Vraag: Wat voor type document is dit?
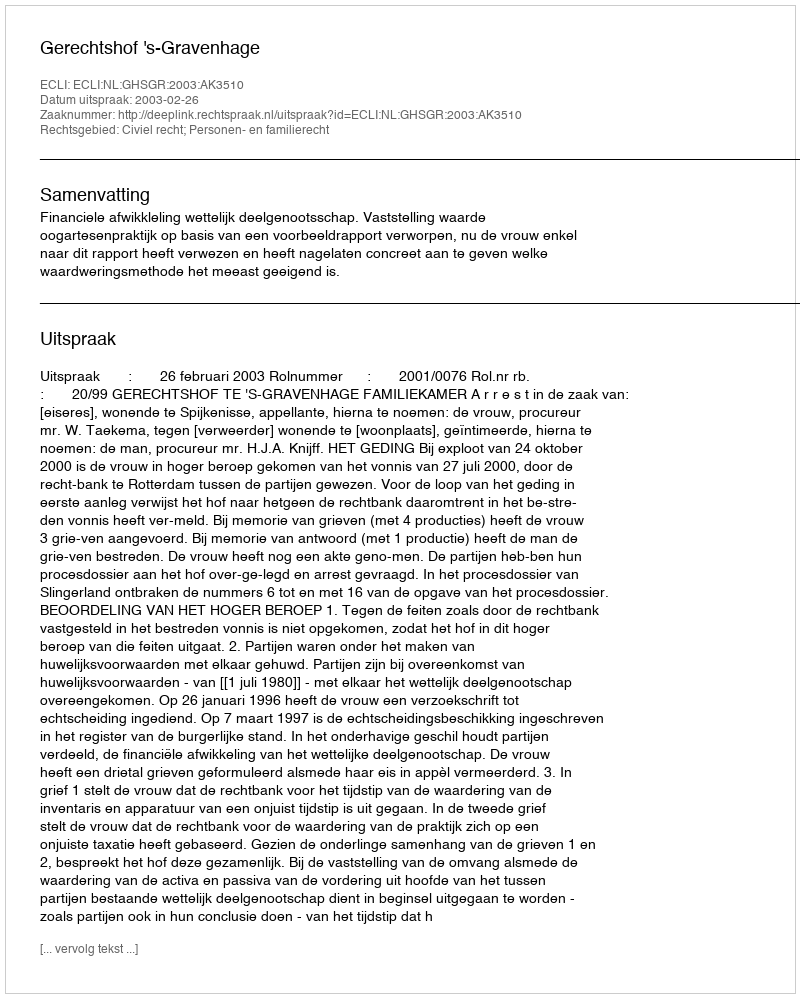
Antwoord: Uitspraak